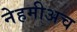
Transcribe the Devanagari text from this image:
नेहमीअच